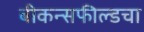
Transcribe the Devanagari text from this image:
बीकन्सफील्डचा